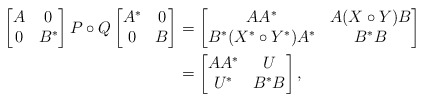
\begin{align*}\begin{bmatrix} A & 0 \\ 0 & B^* \end{bmatrix} P \circ Q \begin{bmatrix} A^* & 0 \\ 0 & B \end{bmatrix} &= \begin{bmatrix} AA^* & A( X \circ Y) B \\ B^* ( X^* \circ Y^* ) A^* & B^*B\end{bmatrix}\\&=\begin{bmatrix}AA^* & U \\ U^* & B^*B\end{bmatrix},\end{align*}